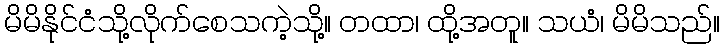
မိမိနိုင်ငံသို့လိုက်စေသကဲ့သို့။ တထာ၊ ထို့အတူ။ သယံ၊ မိမိသည်။